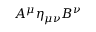
A ^ { \mu } \eta _ { \mu \nu } B ^ { \nu }